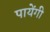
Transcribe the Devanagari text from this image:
पायेंगी